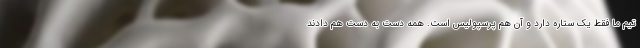
تیم ما فقط یک ستاره دارد و آن هم پرسپولیس است. همه دست به دست هم دادند